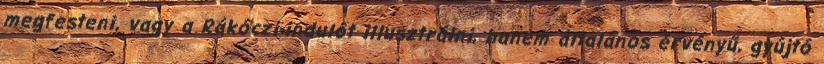
megfesteni, vagy a Rákóczi-indulót illusztrálni, hanem általános érvényű, gyújtó